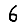
Digit: 6